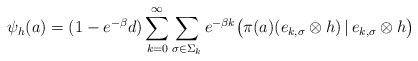
\begin{align*}\psi_h(a)=(1-e^{-\beta}d)\sum_{k=0}^\infty\sum_{\sigma\in\Sigma_k}e^{-\beta k}\big(\pi(a)(e_{k,\sigma}\otimes h)\,|\,e_{k,\sigma}\otimes h\big)\quad\end{align*}